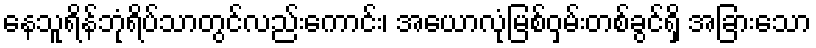
နေသူရိန်ဘုံရိပ်သာတွင်လည်းကောင်း၊ အေယာလုံမြစ်ဝှမ်းတစ်ခွင်ရှိ အခြားသော